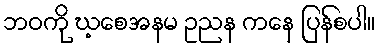
ဘဝကို ဃ့စေအနမ ဥညန ကနေ ပြန်စပါ။